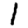
Digit: 1